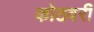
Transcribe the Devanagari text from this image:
कोठवरी